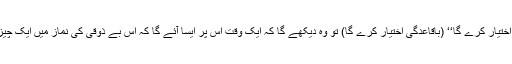
فرمایا ’’جب اس قسم کی دعا مانگے گا اور اس پر دوام اختیار کرے گا‘‘ (باقاعدگی اختیار کرے گا) تو وہ دیکھے گا کہ ایک وقت اس پر ایسا آئے گا کہ اس بے ذوقی کی نماز میں ایک چیز آسمان سے اس پر گرے گی جو رقّت پیدا کردے گی‘‘۔